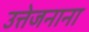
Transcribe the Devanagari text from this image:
उत्तेजनाना